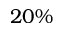
2 0 \%